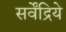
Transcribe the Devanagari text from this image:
सर्वेंद्रिये